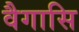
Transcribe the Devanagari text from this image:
वैगासि